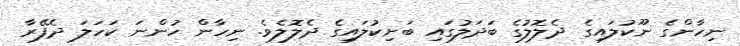
ނިހާންގެ ނޫކުލައިގެ ދެލޮލުގެ ބަދަލުގައި ބަށިކުލައިގެ ދެލޮލެވެ. ނިހާން ހުންނަ ކަހަލަ ދެފޭރާ